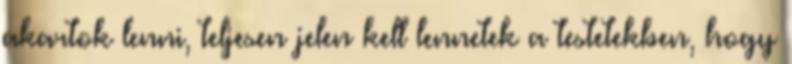
akartok lenni, teljesen jelen kell lennetek a testetekben, hogy